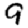
Digit: 9